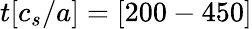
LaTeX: t[c_{s}/a]=[200-450]